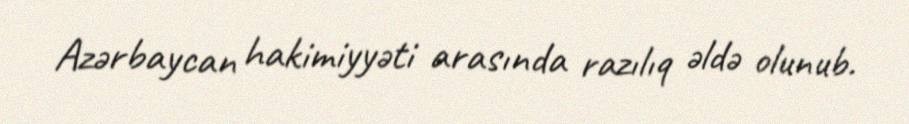
Azərbaycan hakimiyyəti arasında razılıq əldə olunub.